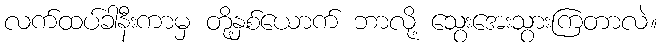
လက်ထပ်ခါနီးကာမှ တို့နှစ်ယောက် ဘာလို့ သွေးအေးသွားကြတာလဲ။